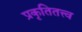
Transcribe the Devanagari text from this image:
प्रकृतितत्त्व